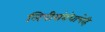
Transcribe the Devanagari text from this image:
लिपीसंबंधाचेहि